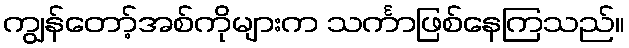
ကျွန်တော့်အစ်ကိုများက သင်္ကာဖြစ်နေကြသည်။